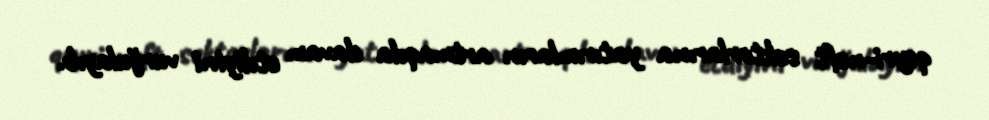
qeyri-neft sektorlarına yatırımların artmaqda davam etdiyini vurğulayıb.